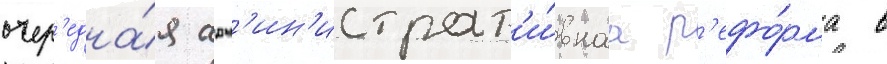
очер'една́я адм'ин'истрат'и́внаа р'ефо́рма в